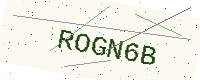
Text: ROGN6B